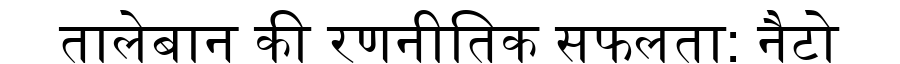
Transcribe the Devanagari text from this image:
तालेबान की रणनीतिक सफलता: नैटो